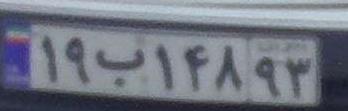
۱۹ب۱۴۸۹۳